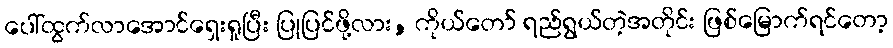
ပေါ်ထွက်လာအောင်ရှေးရှုပြီး ပြုပြင်ဖို့လား, ကိုယ်တော် ရည်ရွယ်တဲ့အတိုင်း ဖြစ်မြောက်ရင်တော့